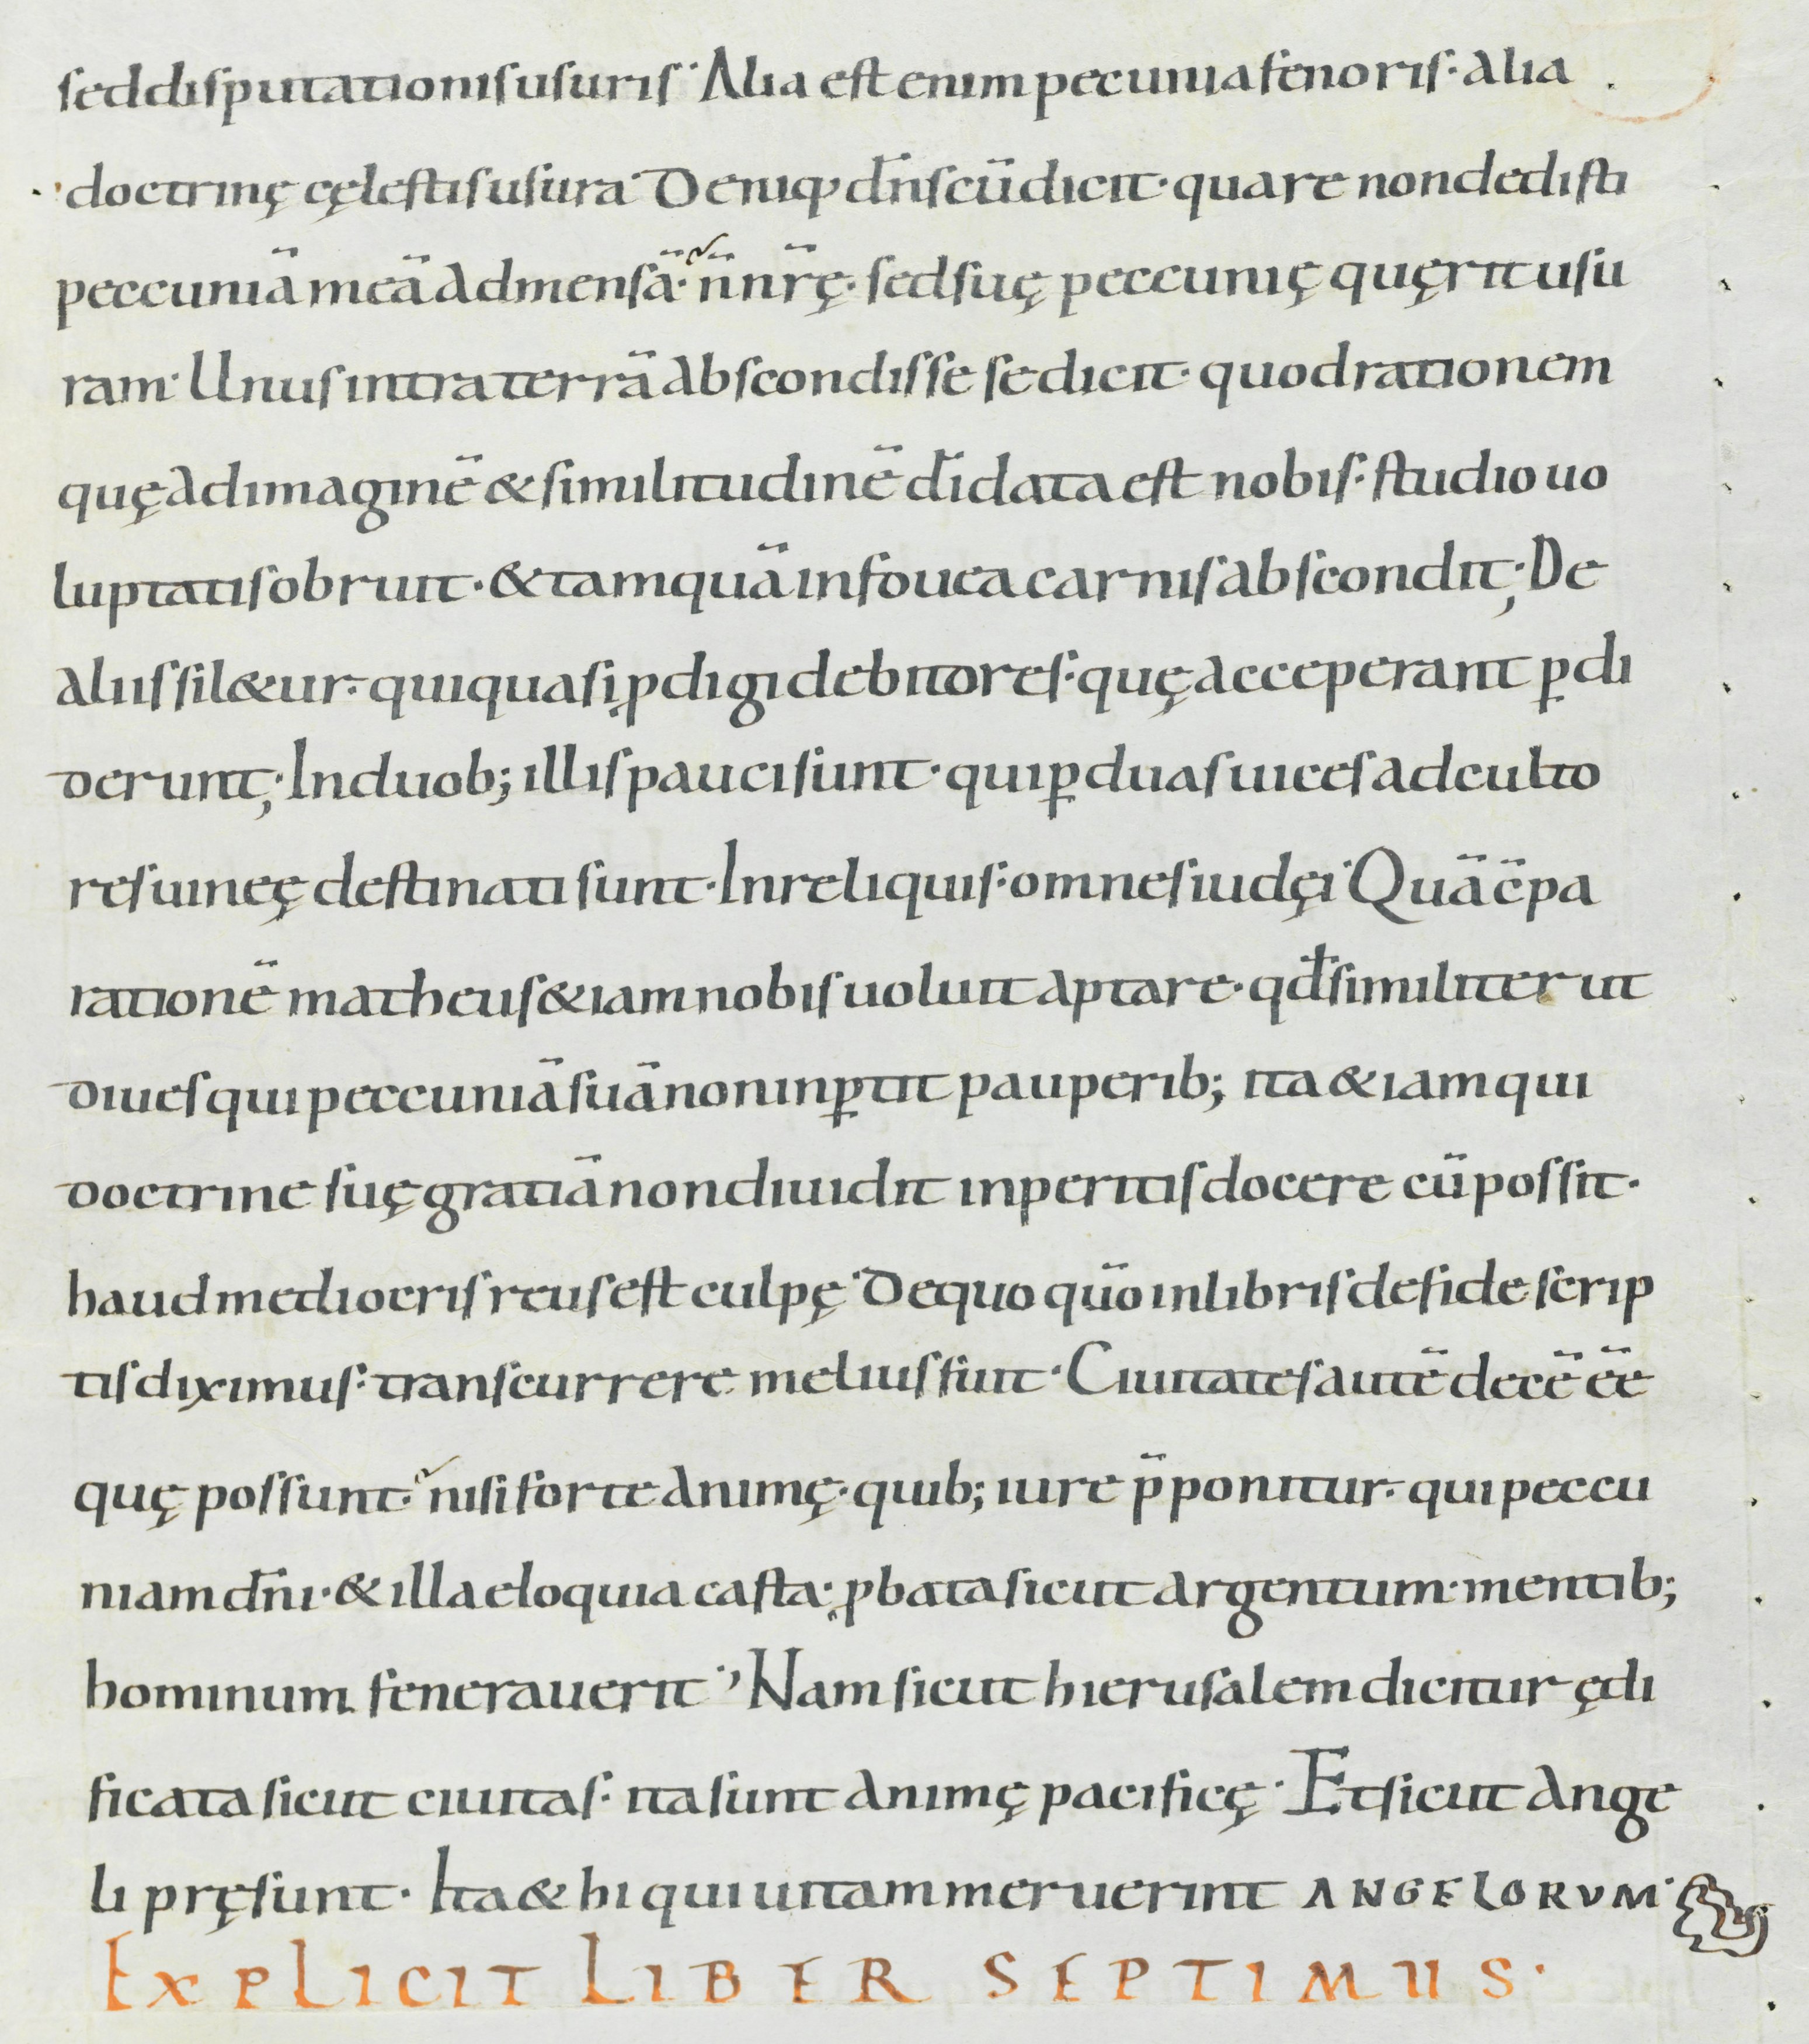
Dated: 900–999